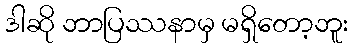
ဒါဆို ဘာပြဿနာမှ မရှိတော့ဘူး